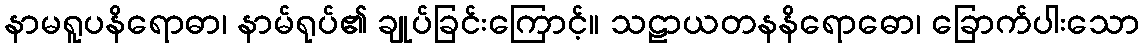
နာမရူပနိရောဓာ၊ နာမ်ရုပ်၏ ချုပ်ခြင်းကြောင့်။ သဠာယတနနိရောဓော၊ ခြောက်ပါးသော